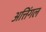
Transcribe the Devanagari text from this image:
अत्तिंगल